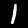
Digit: 1